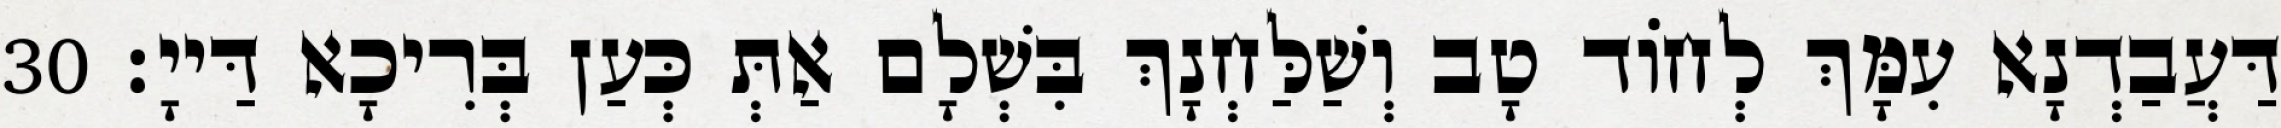
דַּעֲבַדְנָא עִמָּךְ לְחוֹד טָב וְשַׁלַּחְנָךְ בִּשְׁלָם אַתְּ כְּעַן בְּרִיכָא דַּייָ׃ 30